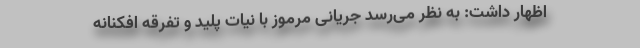
اظهار داشت: به نظر می‌رسد جریانی مرموز با نیات پلید و تفرقه افکنانه